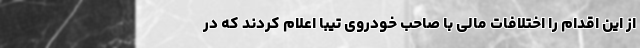
از این اقدام را اختلافات مالی با صاحب خودروی تیبا اعلام کردند که در